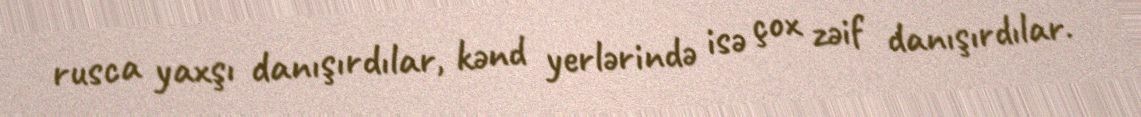
rusca yaxşı danışırdılar, kənd yerlərində isə çox zəif danışırdılar.